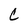
Character: C